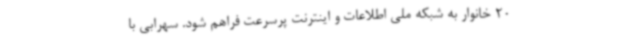
20 خانوار به شبکه ملی اطلاعات و اینترنت پرسرعت فراهم شود. سهرابی با